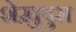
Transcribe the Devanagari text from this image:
शेख़ुपुरा